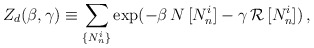
\begin{align*}Z_d (\beta , \gamma) \equiv \sum_{\{ N_n^i \}} \exp (-\beta \, N \,[N_n^i] - \gamma \, {\cal R} \, [N_n^i]) \, , \end{align*}